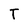
Character: T